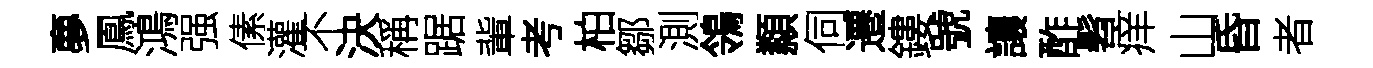
夣鳳鴻强傃灌不決稱踞軰考柏鄒測鴒纇伺遷鏤號讓酢髫痒山昏者